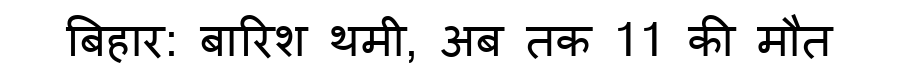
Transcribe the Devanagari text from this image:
बिहार: बारिश थमी, अब तक 11 की मौत